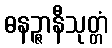
ဓနဉ္ဇာနီသုတ္တံ